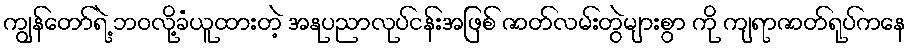
ကျွန်တော်ရဲ့ ဘဝလို့ခံယူထားတဲ့ အနုပညာလုပ်ငန်းအဖြစ် ဇာတ်လမ်းတွဲများစွာ ကို ကျရာဇာတ်ရုပ်ကနေ